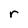
Character: r